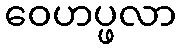
ဝေဟပ္ဖလာ